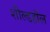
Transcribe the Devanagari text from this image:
शील्डहॉल